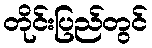
တိုင်းပြည်တွင်